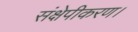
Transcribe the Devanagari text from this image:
संक्षेपीकरण।